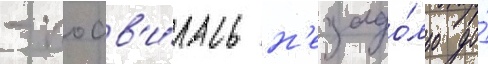
- поав'и́лась н'езадо́лго до́